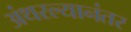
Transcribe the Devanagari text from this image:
अंथरल्यानंतर